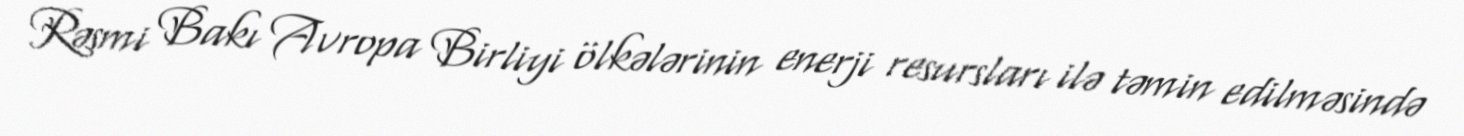
Rəsmi Bakı Avropa Birliyi ölkələrinin enerji resursları ilə təmin edilməsində